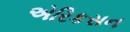
એરિકસન